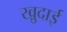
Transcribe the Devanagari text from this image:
खु़दाई